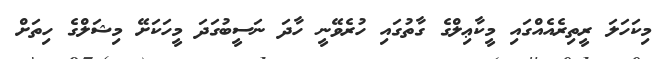
މިކަހަލަ ރީތިރެއެއްގައި މީކާޢިލްގެ ގާތުގައި ހުރެވޭނީ ހާދަ ނަސީބުގަދަ މީހަކަށޭ މިޝަލްގެ ހިތަށް